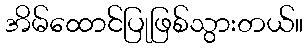
အိမ်ထောင်ပြုဖြစ်သွားတယ်။